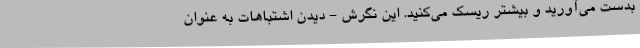
بدست می‌آورید و بیشتر ریسک می‌کنید. این نگرش - دیدن اشتباهات به عنوان